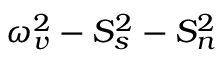
\omega _ { v } ^ { 2 } - S _ { s } ^ { 2 } - S _ { n } ^ { 2 }